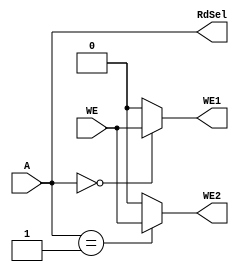
module fact_ad(
  input wire [1:0] A,
  input wire WE,
  output reg WE1, WE2,
  output wire [1:0] RdSel
);
  always @ (*) begin
    case (A)
      // n register write enable
      2'b00: begin
      WE1 = WE;
      WE2 = 1'b0;
      end
      // go register write enable
      2'b01: begin
      WE1 = 1'b0;
      WE2 = WE;
      end
      default: begin
      WE1 = 1'b0;
      WE2 = 1'b0;
      end
    endcase
  end
  assign RdSel = A;
endmodule